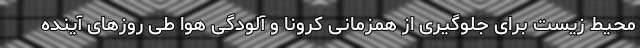
محیط زیست برای جلوگیری از همزمانی کرونا و آلودگی هوا طی روزهای آینده